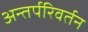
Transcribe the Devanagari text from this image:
अन्तर्परिवर्तन